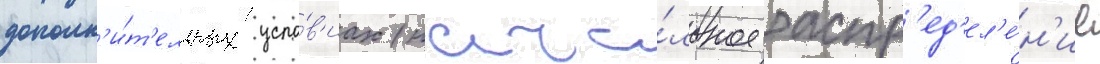
дополн'и́т'ельных усло́в'иах (нача́льное распр'ед'ел'е́н'ие